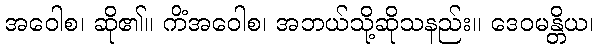
အဝေါစ၊ ဆို၏။ ကိံအဝေါစ၊ အဘယ်သို့ဆိုသနည်း။ ဒေဝမန္တိယ၊